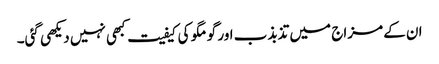
ان کے مزاج میں تذبذب اور گو مگو کی کیفیت کبھی نہیں دیکھی گئی۔